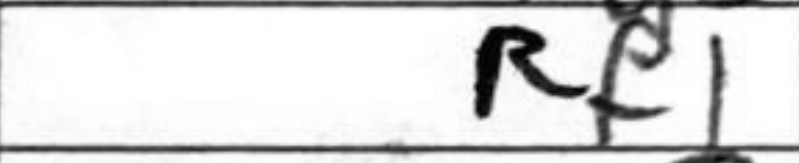
Transcription: Rf1